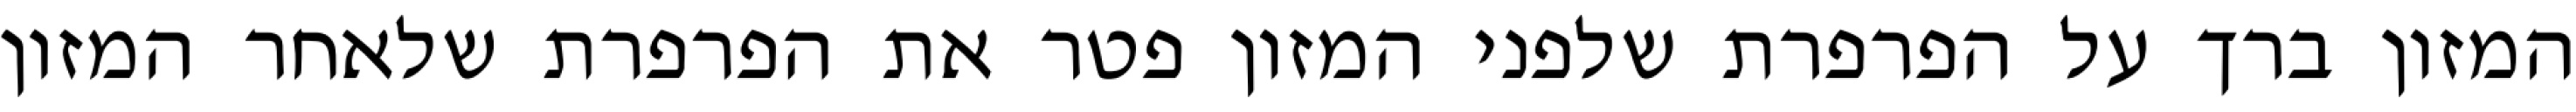
המזון ברך על הפרפרת שלפני המזון פטר את הפרפרת שלאחר המזון